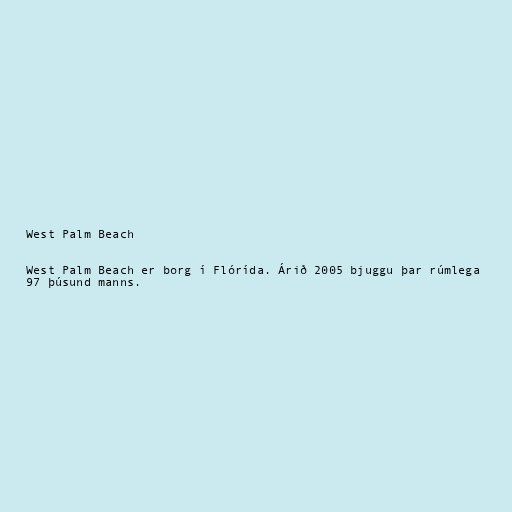
West Palm Beach

West Palm Beach er borg í Flórída. Árið 2005 bjuggu þar rúmlega
97 þúsund manns.